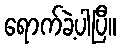
ရောက်ခဲ့ပါပြီ။